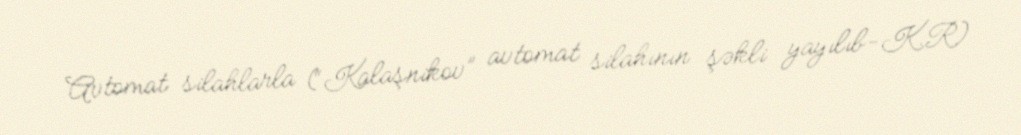
Avtomat silahlarla (“Kalaşnikov” avtomat silahının şəkli yayılıb-K.R)